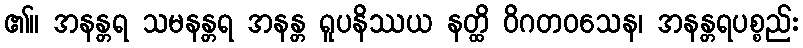
၏။ အနန္တရ သမနန္တရ အနန္တ ရူပနိဿယ နတ္ထိ ဝိဂတဝသေန၊ အနန္တရပစ္စည်း